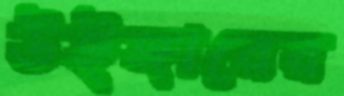
উইঙ্গারের